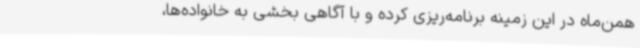
همن‌ماه در این زمینه برنامه‌ریزی کرده و با آگاهی بخشی به خانواده‌ها،